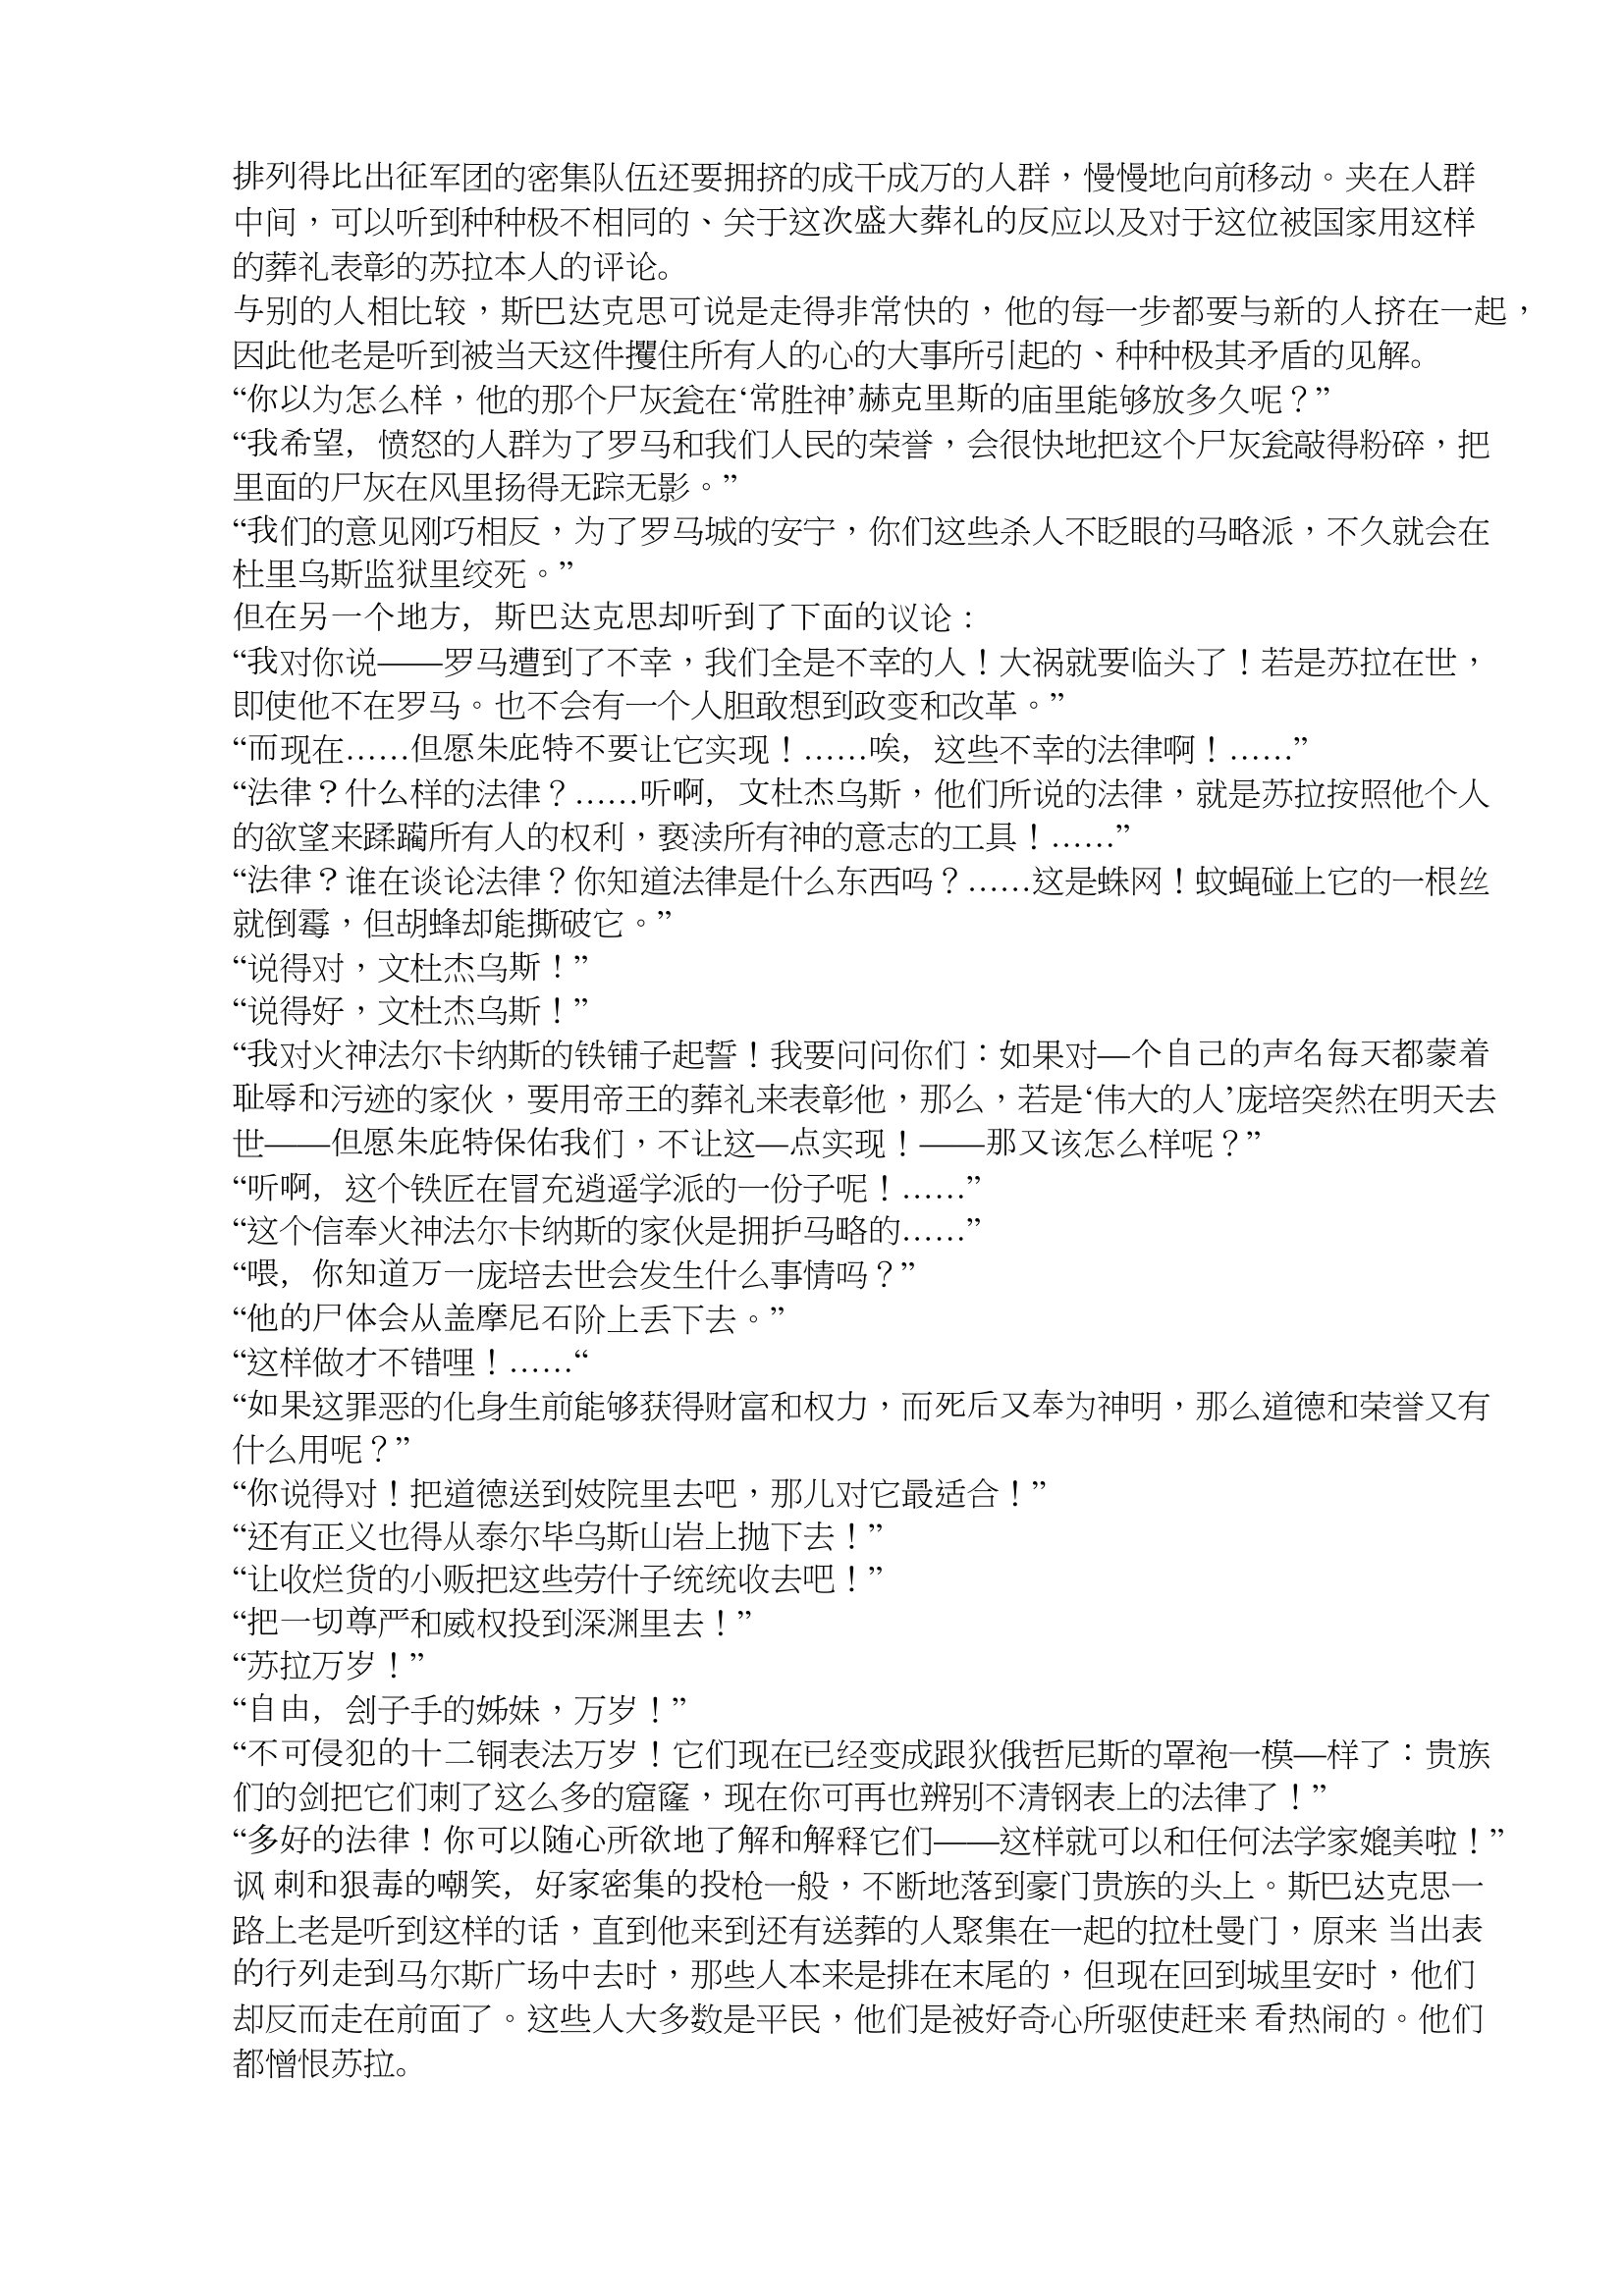
Language: zh